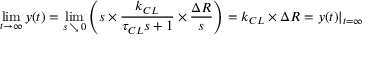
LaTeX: \operatorname* { l i m } _ { t \to \infty } y ( t ) = \operatorname* { l i m } _ { s \, \searrow \, 0 } \left( s \times { \frac { k _ { C L } } { \tau _ { C L } s + 1 } } \times { \frac { \Delta R } { s } } \right) = k _ { C L } \times \Delta R = y ( t ) | _ { t = \infty }